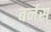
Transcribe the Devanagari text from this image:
बर्नस्